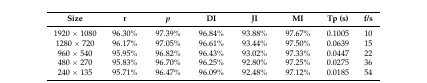
<table><thead><tr><td><b>Size</b></td><td><b>r</b></td><td><b><i>p</i></b></td><td><b>DI</b></td><td><b>JI</b></td><td><b>MI</b></td><td><b>Tp (s)</b></td><td><b>f/s</b></td></tr></thead><tbody><tr><td>1920 × 1080</td><td>96.30%</td><td>97.39%</td><td>96.84%</td><td>93.88%</td><td>97.67%</td><td>0.1005</td><td>10</td></tr><tr><td>1280 × 720</td><td>96.17%</td><td>97.05%</td><td>96.61%</td><td>93.44%</td><td>97.50%</td><td>0.0639</td><td>15</td></tr><tr><td>960 × 540</td><td>95.95%</td><td>96.82%</td><td>96.43%</td><td>93.02%</td><td>97.33%</td><td>0.0447</td><td>22</td></tr><tr><td>480 × 270</td><td>95.83%</td><td>96.70%</td><td>96.25%</td><td>92.80%</td><td>97.25%</td><td>0.0275</td><td>36</td></tr><tr><td>240 × 135</td><td>95.71%</td><td>96.47%</td><td>96.09%</td><td>92.48%</td><td>97.12%</td><td>0.0185</td><td>54</td></tr></tbody></table>